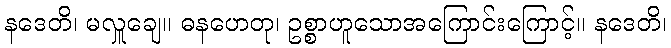
နဒေတိ၊ မလှူချေ။ ဓနဟေတု၊ ဥစ္စာဟူသောအကြောင်းကြောင့်။ နဒေတိ၊